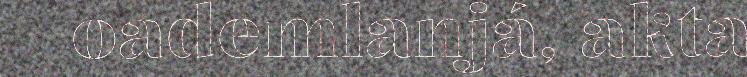
oademlanjá, akta